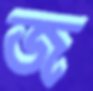
জ